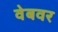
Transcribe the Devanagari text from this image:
वेबवर